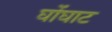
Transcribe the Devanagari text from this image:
घोंघाट